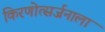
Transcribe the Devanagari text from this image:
किरणोत्सर्जनाला